Indian journal of veterinary science and animal husbandry - Volume 11,
Year: 1941
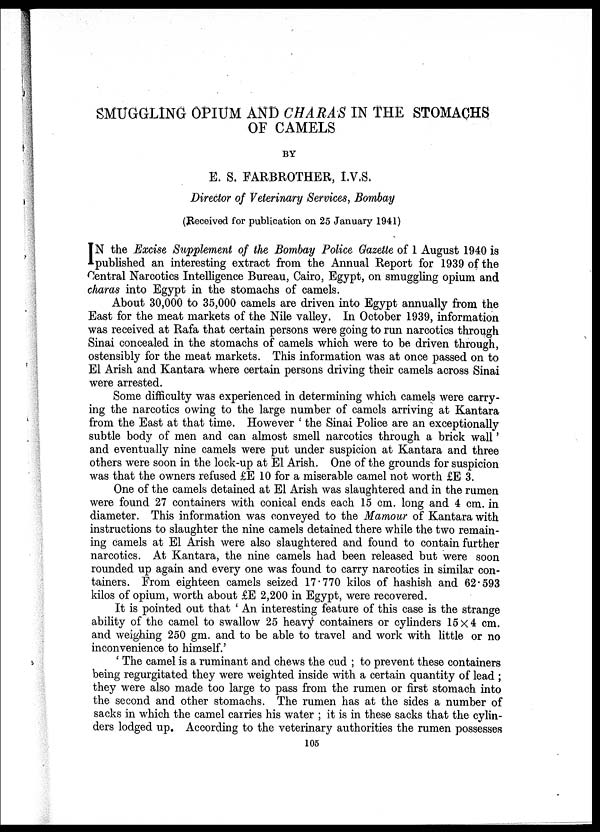
SMUGGLING OPIUM AND CHARAS IN THE STOMACHS
OF CAMELS
BY
E. S. FARBROTHER, I.V.S.
Director of Veterinary Services, Bombay
(Received for publication on 25 January 1941)
I N the Excise Supplement of the Bombay Police Gazette of 1 August 1940 is
published an interesting extract from the Annual Report for 1939 of the
Central Narcotics Intelligence Bureau, Cairo, Egypt, on smuggling opium and
charas into Egypt in the stomachs of camels.
About 30,000 to 35,000 camels are driven into Egypt annually from the
East for the meat markets of the Nile valley. In October 1939, information
was received at Rafa that certain persons were going to run narcotics through
Sinai concealed in the stomachs of camels which were to be driven through,
ostensibly for the meat markets. This information was at once passed on to
El Arish and Kantara where certain persons driving their camels across Sinai
were arrested.
Some difficulty was experienced in determining which camels were carry-
ing the narcotics owing to the large number of camels arriving at Kantara
from the East at that time. However ' the Sinai Police are an exceptionally
subtle body of men and can almost smell narcotics through a brick wall'
and eventually nine camels were put under suspicion at Kantara and three
others were soon in the lock-up at El Arish. One of the grounds for suspicion
was that the owners refused £E 10 for a miserable camel not worth £E 3.
One of the camels detained at El Arish was slaughtered and in the rumen
were found 27 containers with conical ends each 15 cm. long and 4 cm. in
diameter. This information was conveyed to the Mamour of Kantara with
instructions to slaughter the nine camels detained there while the two remain-
ing camels at El Arish were also slaughtered and found to contain further
narcotics. At Kantara, the nine camels had been released but were soon
rounded up again and every one was found to carry narcotics in similar con-
tainers. From eighteen camels seized 17.770 kilos of hashish and 62.593
kilos of opium, worth about £E 2,200 in Egypt, were recovered.
It is pointed out that ' An interesting feature of this case is the strange
ability of the camel to swallow 25 heavy containers or cylinders 15×4 cm.
and weighing 250 gm. and to be able to travel and work with little or no
inconvenience to himself.'
' The camel is a ruminant and chews the cud ; to prevent these containers
being regurgitated they were weighted inside with a certain quantity of lead ;
they were also made too large to pass from the rumen or first stomach into
the second and other stomachs. The rumen has at the sides a number of
sacks in which the camel carries his water ; it is in these sacks that the cylin-
ders lodged up. According to the veterinary authorities the rumen possesses
105